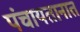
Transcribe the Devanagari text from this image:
पंचायतानात